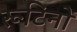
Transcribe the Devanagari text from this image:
रूटिनों